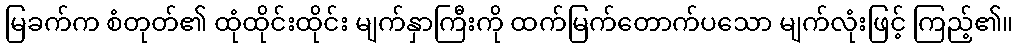
မြခက်က စံတုတ်၏ ထုံထိုင်းထိုင်း မျက်နှာကြီးကို ထက်မြက်တောက်ပသော မျက်လုံးဖြင့် ကြည့်၏။